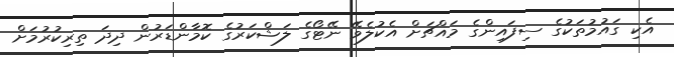
އެކި ގައުމުތަކުގެ ސިފައިންގެ މައްޗަށް އެކުލެވޭ ނޭޓޯގެ ލަޝްކަރުގެ ކޮމާންޑަރުން ދިދަ ތިރިކުރުމަށް